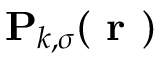
\mathbf { P } _ { k , \sigma } ( \boldsymbol { \textbf { r } } )